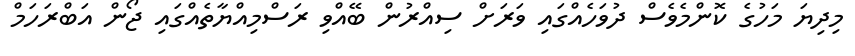
މިދިޔަ މަހުގެ ކޮންމެވެސް ދުވަހެއްގައި ވަރަށް ސިއްރުން ބޭއްވި ރަސްމިއްޔާތެއްގައި ޖޯން އަބްރަހަމް